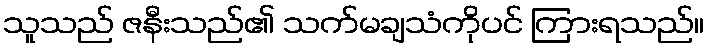
သူသည် ဇနီးသည်၏ သက်မချသံကိုပင် ကြားရသည်။